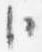
臣